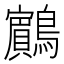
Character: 𪇧